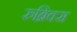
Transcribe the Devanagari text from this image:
रुब्रिक्स